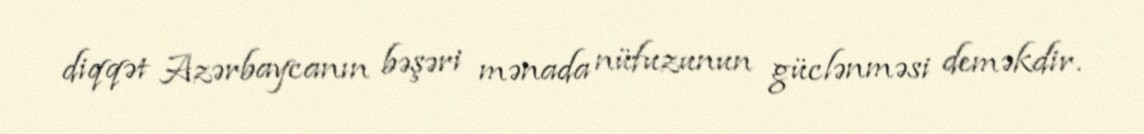
diqqət Azərbaycanın bəşəri mənada nüfuzunun güclənməsi deməkdir.